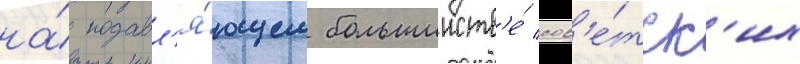
на́ подавл'я́ющем большинств'е́ сов'е́тск'их